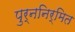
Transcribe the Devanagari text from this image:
पुर्ननिर्मित